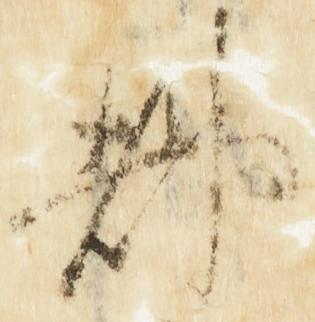
都